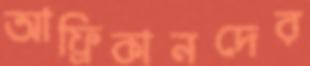
আফ্রিকানদের